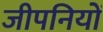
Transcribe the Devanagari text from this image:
जीपनियों